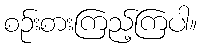
စဉ်းစားကြည့်ကြပါ။